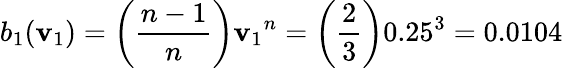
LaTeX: b_{1}(\mathbf{v}_{1})=\left({\frac{{n-1}}{{n}}}\right){\mathbf{v}_{1}}^{n}=\left({\frac{{2}}{{3}}}\right){0.25}^{3}=0.0104